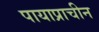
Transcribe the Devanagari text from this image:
पायाप्राचीन